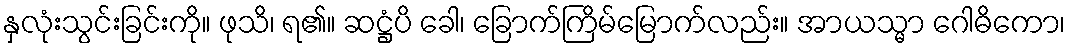
နှလုံးသွင်းခြင်းကို။ ဖုသိ၊ ရ၏။ ဆဋ္ဌံပိ ခေါ၊ ခြောက်ကြိမ်မြောက်လည်း။ အာယသ္မာ ဂေါဓိကော၊